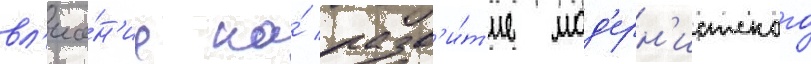
вл'иа́н'ие на́ разв'и́т'ие мод'ерн'истского